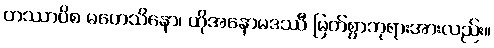
တဿာပိစ မဟေသိနော၊ ထိုအနောမဒဿီ မြတ်စွာဘုရားအားလည်း။